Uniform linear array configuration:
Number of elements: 32
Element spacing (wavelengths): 0.25
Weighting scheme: kaiser
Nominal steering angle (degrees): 0
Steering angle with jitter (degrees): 0.78
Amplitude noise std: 0.05
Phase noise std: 0.05

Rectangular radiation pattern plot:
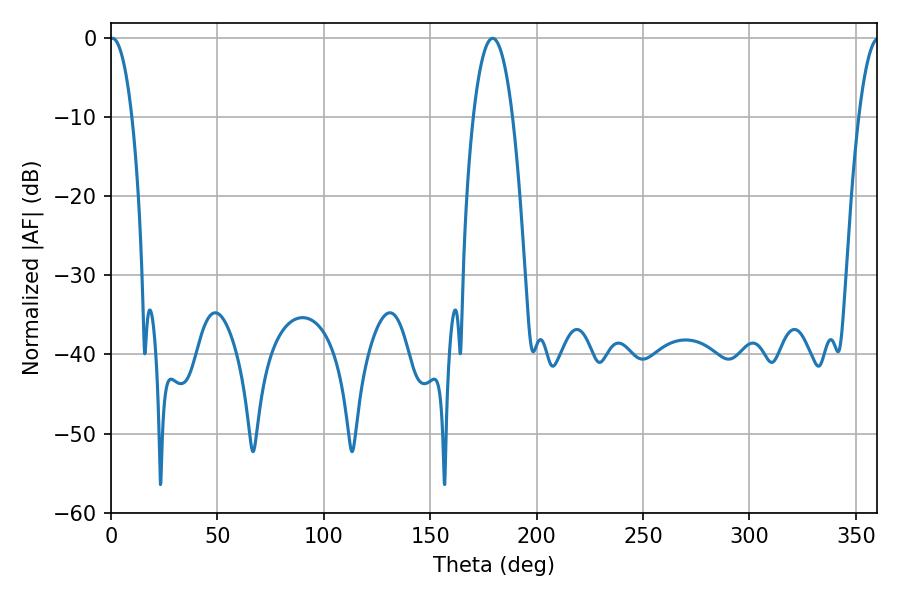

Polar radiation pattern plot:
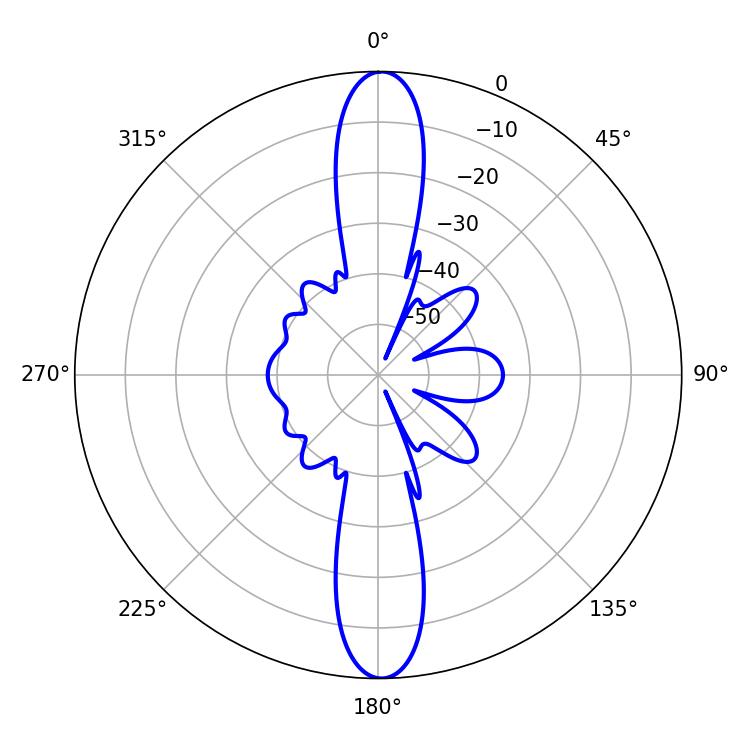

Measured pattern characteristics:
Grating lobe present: FALSE
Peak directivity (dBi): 26.976
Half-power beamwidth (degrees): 5.76
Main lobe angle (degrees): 0.72